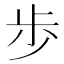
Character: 歩